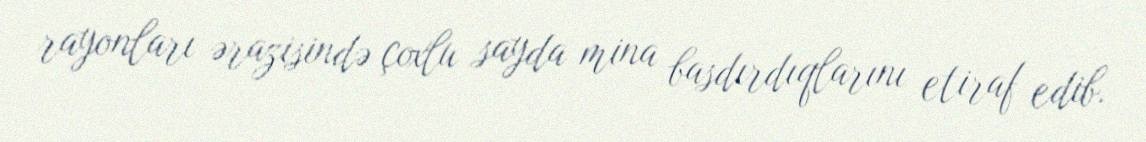
rayonları ərazisində çoxlu sayda mina basdırdıqlarını etiraf edib.